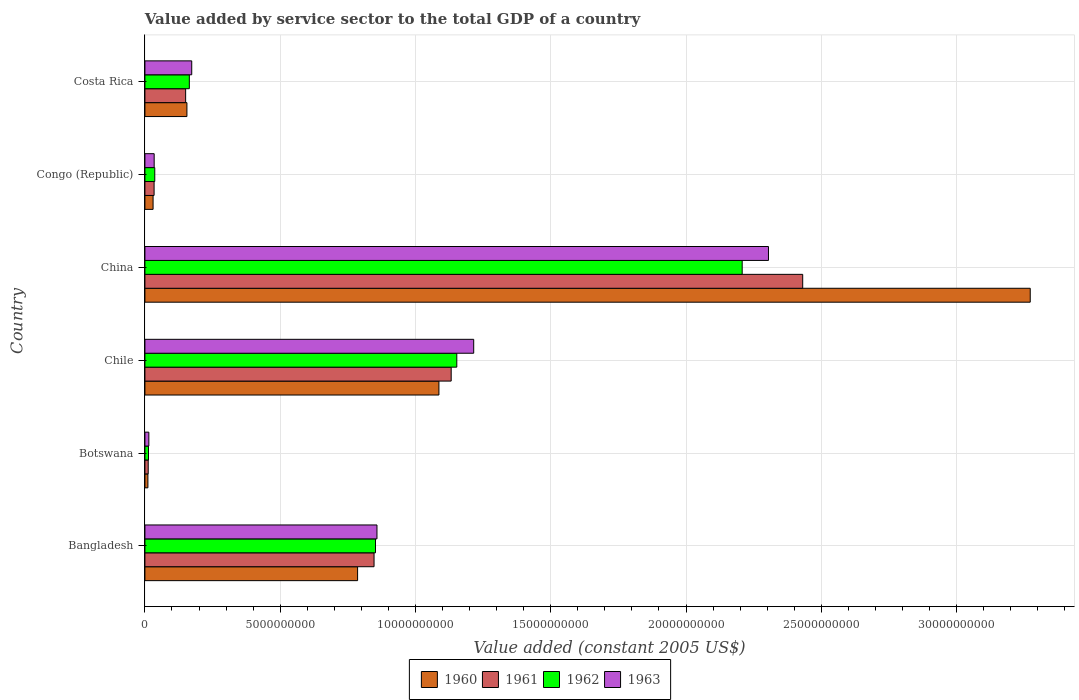
| Country | 1960 | 1961 | 1962 | 1963 |
 | --- | --- | --- | --- | --- |
 | Bangladesh | 7.86e+09 | 8.47e+09 | 8.52e+09 | 8.58e+09 |
 | Botswana | 1.11e+08 | 1.22e+08 | 1.32e+08 | 1.45e+08 |
 | Chile | 1.09e+10 | 1.13e+10 | 1.15e+10 | 1.22e+10 |
 | China | 3.27e+10 | 2.43e+10 | 2.21e+10 | 2.3e+10 |
 | Congo (Republic) | 3.02e+08 | 3.39e+08 | 3.64e+08 | 3.42e+08 |
 | Costa Rica | 1.55e+09 | 1.51e+09 | 1.64e+09 | 1.73e+09 |